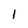
Character: l